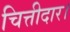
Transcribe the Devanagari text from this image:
चित्तीदार।